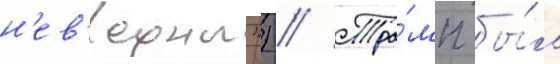
н'ев'ерны") // Тра́мп бы́л